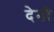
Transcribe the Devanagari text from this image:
देनौ